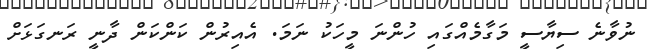
ނުވާނެ ސިޔާސީ މަގާމެއްގައި ހުންނަ މީހަކު ނަމަ. އެއިރުން ކަންކަން ދާނީ ރަނގަޅަށް